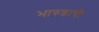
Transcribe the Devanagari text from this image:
भारुडाची